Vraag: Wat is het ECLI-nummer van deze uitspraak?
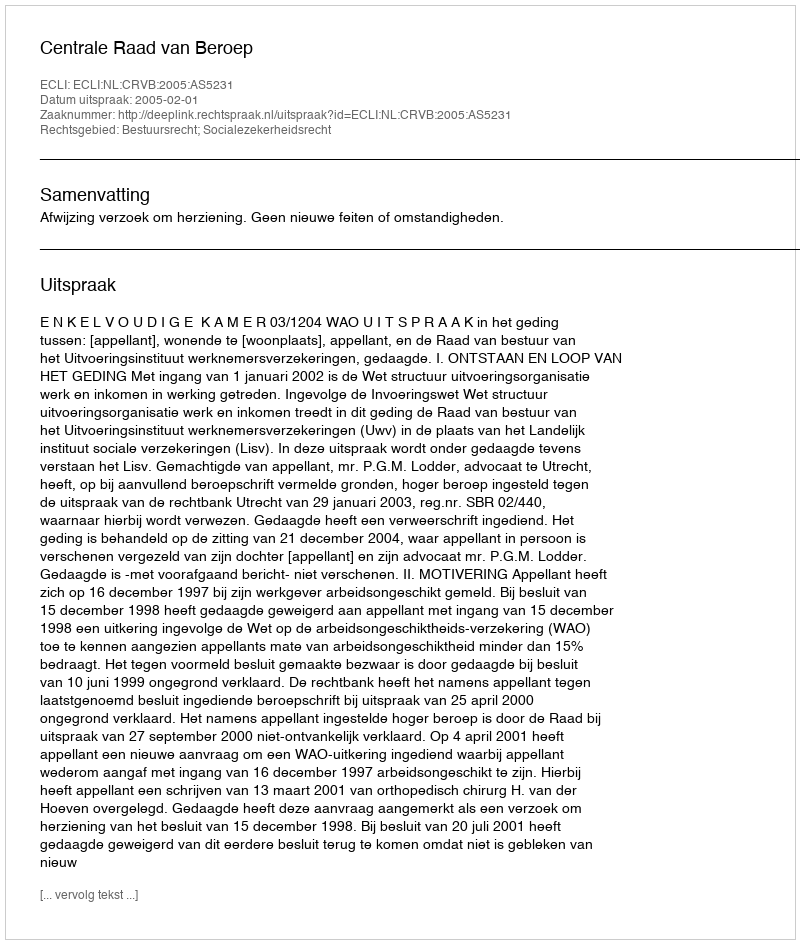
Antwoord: ECLI:NL:CRVB:2005:AS5231